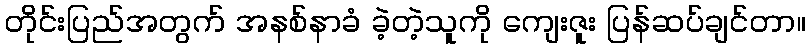
တိုင်းပြည်အတွက် အနစ်နာခံ ခဲ့တဲ့သူကို ကျေးဇူး ပြန်ဆပ်ချင်တာ။